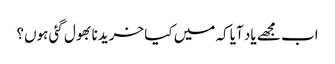
اب مجھے یاد آیا کہ میں کیا خریدنا بھول گئی ہوں؟